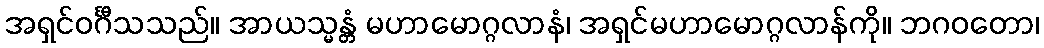
အရှင်ဝင်္ဂီသသည်။ အာယသ္မန္တံ မဟာမောဂ္ဂလာနံ၊ အရှင်မဟာမောဂ္ဂလာန်ကို။ ဘဂဝတော၊